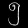
Digit: ၅